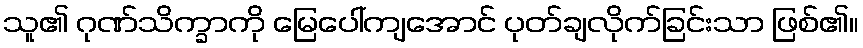
သူ၏ ဂုဏ်သိက္ခာကို မြေပေါ်ကျအောင် ပုတ်ချလိုက်ခြင်းသာ ဖြစ်၏။